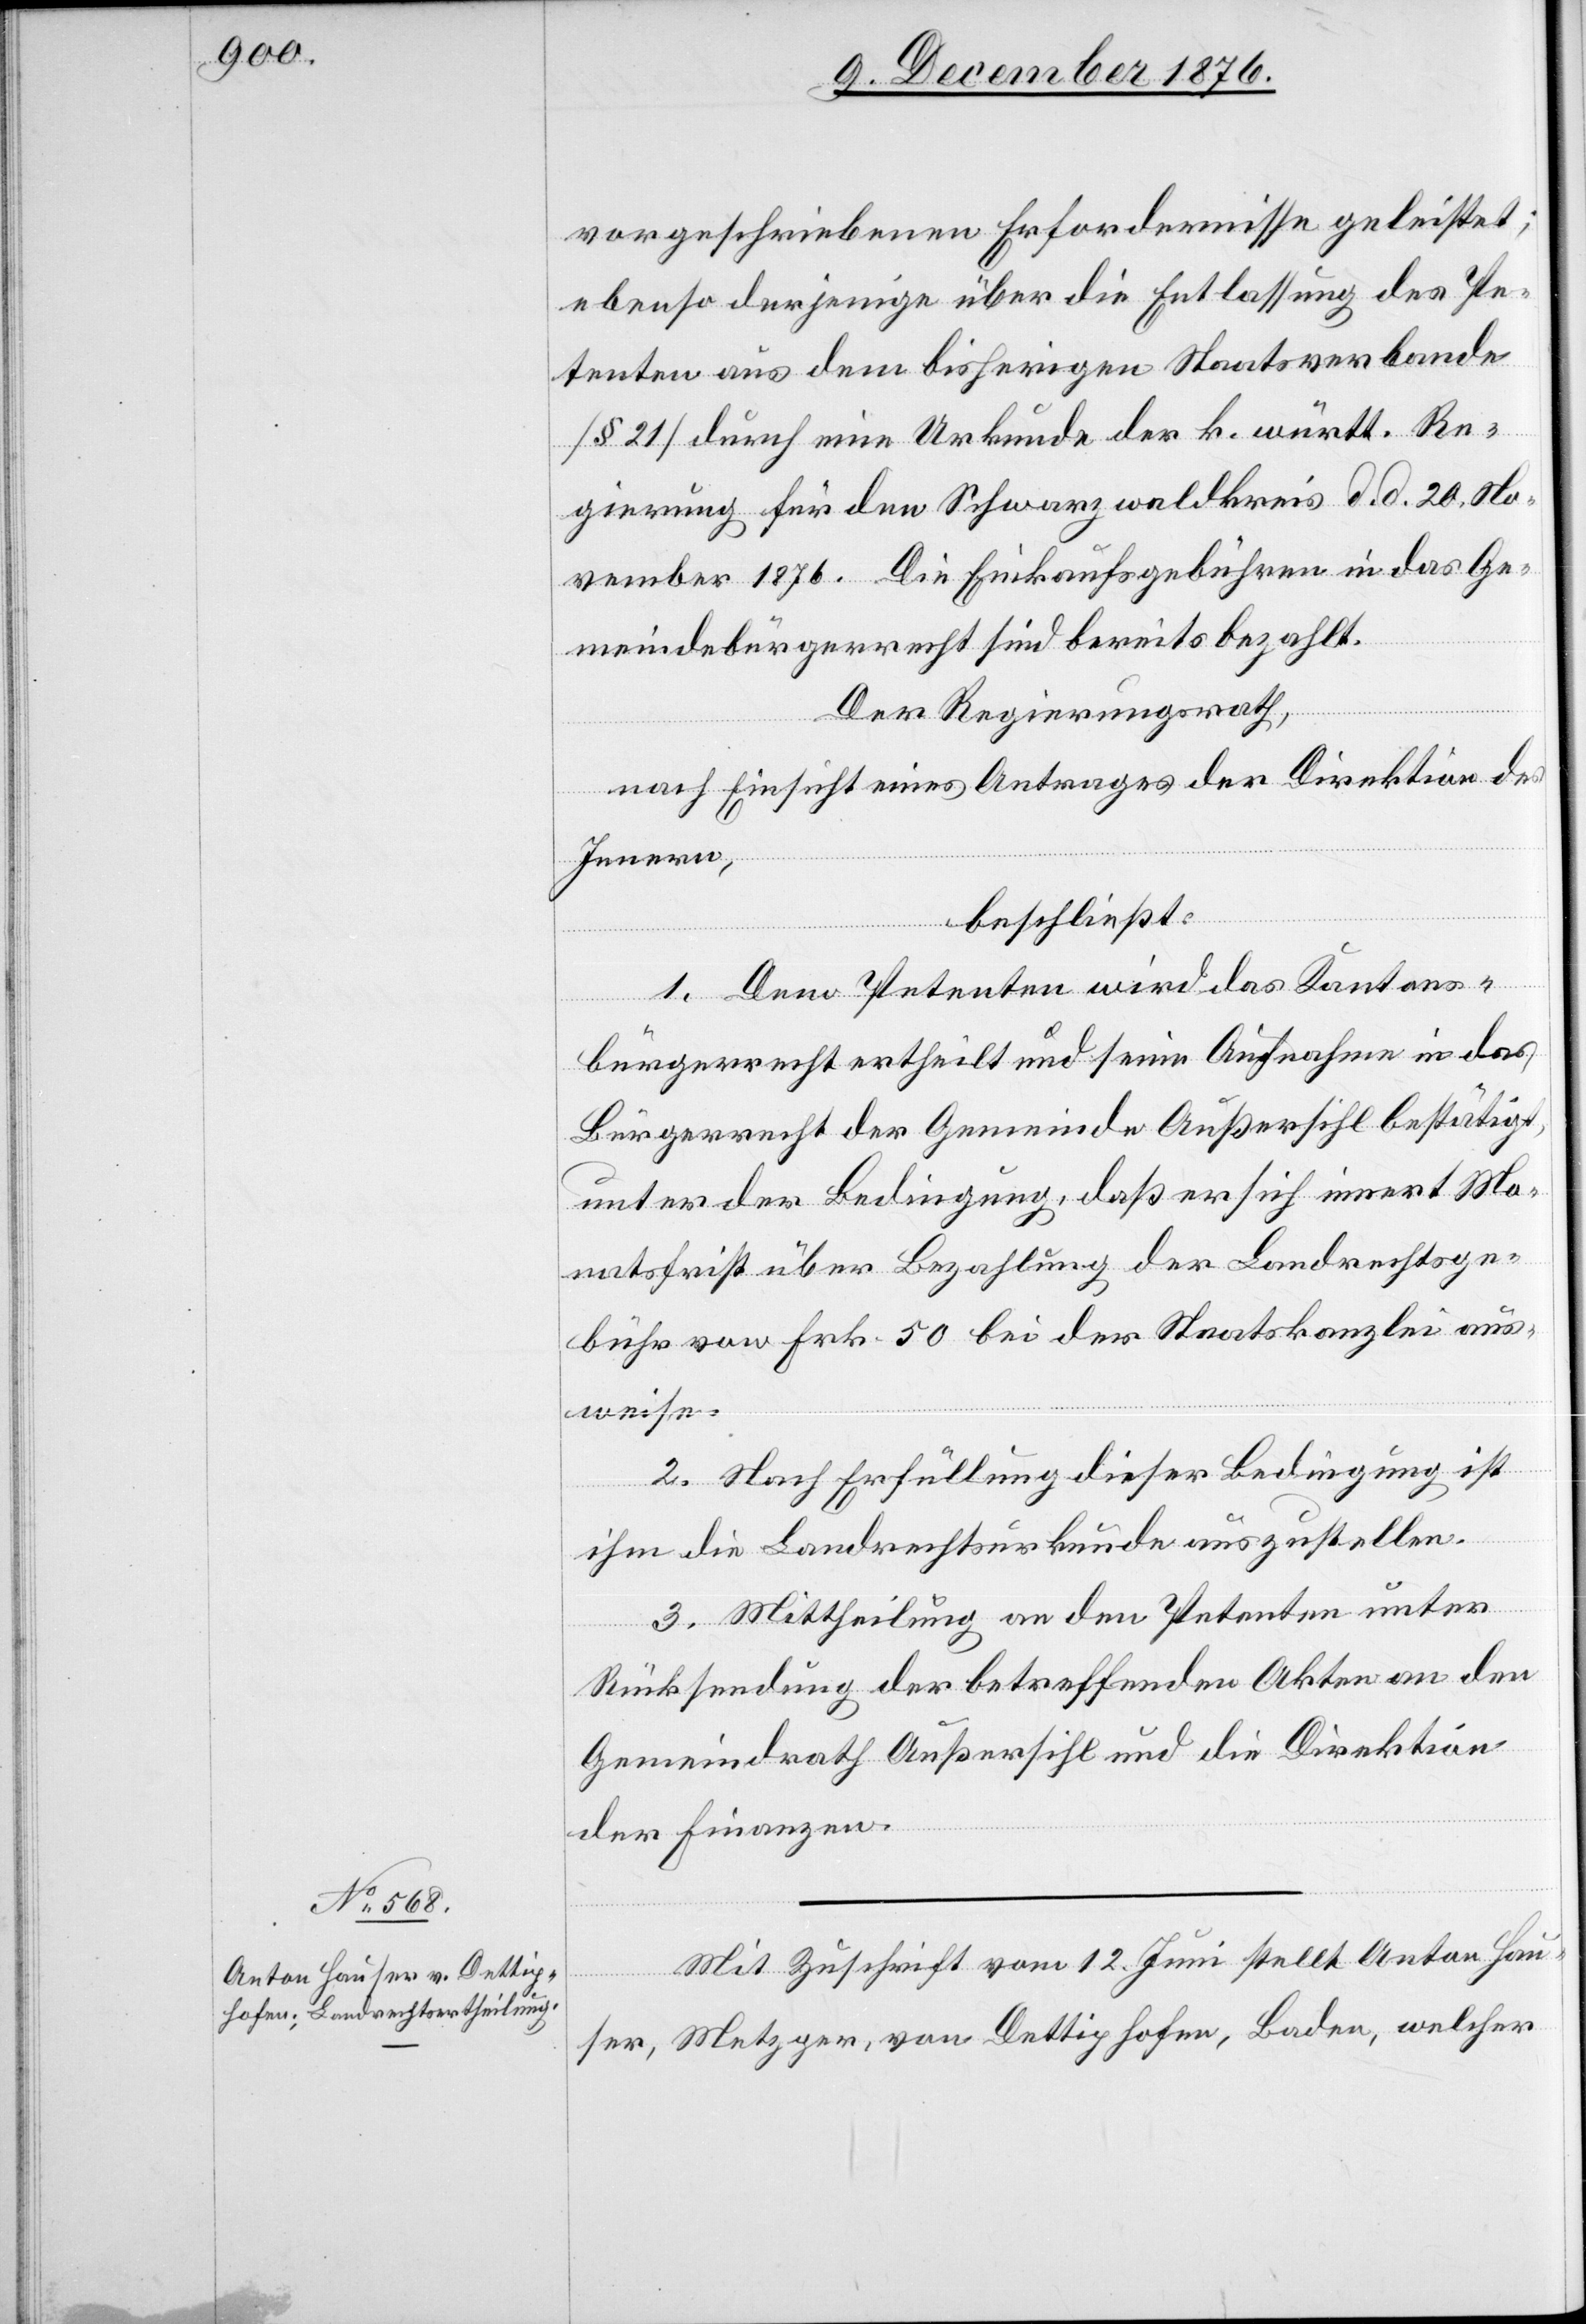
Mit Zuschrift vom 12. Juni stellt Anton Hau¬
ser, Metzger, von Dettighofen, Baden, welcher